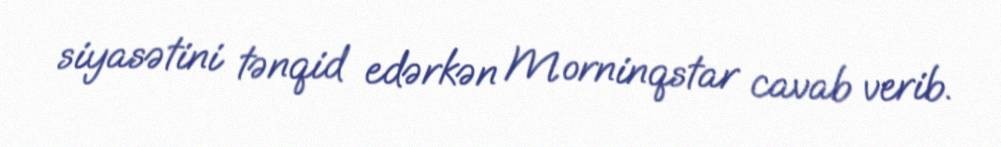
siyasətini tənqid edərkən Morninqstar cavab verib.